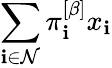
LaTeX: \sum_{\mathbf{i}\in\mathcal{{N}}}\pi_{\mathbf{i}}^{\left[\beta\right]}x_{\mathbf{i}}